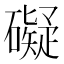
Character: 礙